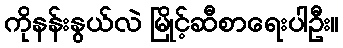
ကိုနန်းနွယ်လဲ မြိုင့်ဆီစာရေးပါဦး။